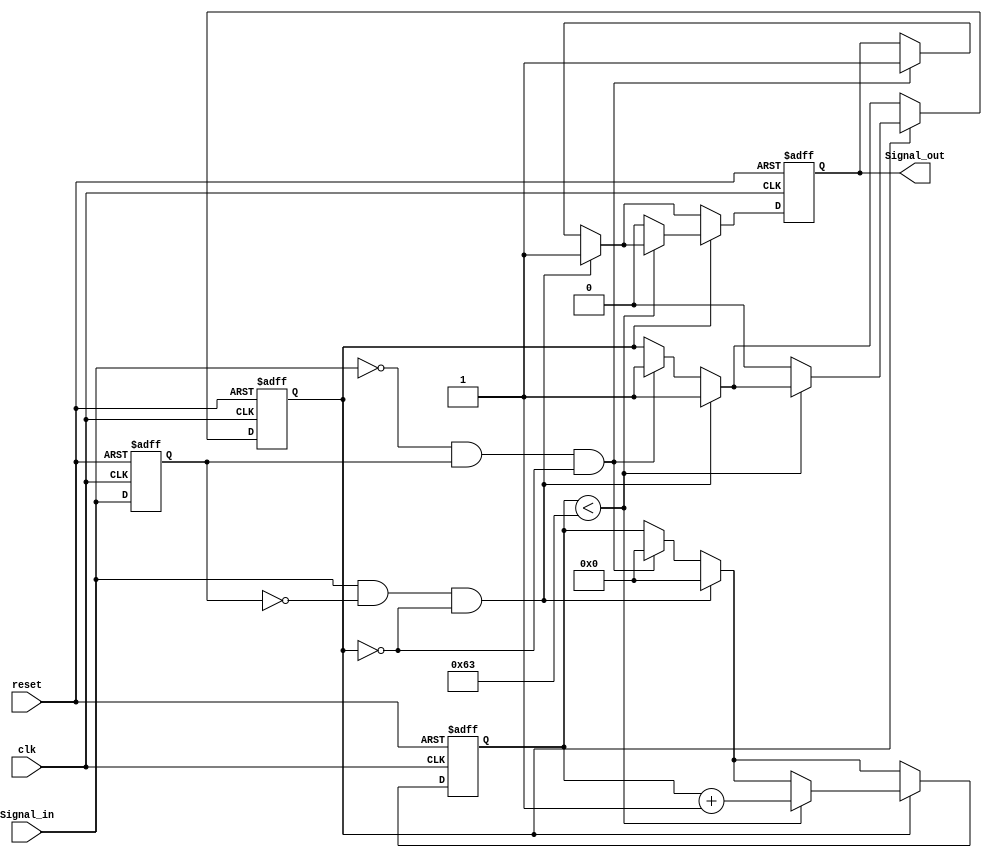
module monostable_edge_detector(
    input wire clk,            // System clock
    input wire reset,          // Asynchronous reset
    input wire Signal_in,      // Primary input signal
    output reg Signal_out      // Output pulse signal
);

// Parameter for pulse width
parameter PULSE_WIDTH = 100; // Clock cycles for output pulse duration

// States for edge detection
reg Signal_in_d;             // Delayed version of Signal_in
reg pulse_active;            // Indicates if the pulse is active
reg [6:0] counter;           // Counter for pulse timing

// Edge detection logic
always @(posedge clk or posedge reset) begin
    if (reset) begin
        Signal_in_d <= 1'b0;
    end else begin
        Signal_in_d <= Signal_in;
    end
end

// Main control logic for generating pulse
always @(posedge clk or posedge reset) begin
    if (reset) begin
        Signal_out <= 1'b0;
        pulse_active <= 1'b0;
        counter <= 7'd0; // Reset counter
    end else begin
        // Rising edge detection
        if (Signal_in && !Signal_in_d && !pulse_active) begin
            Signal_out <= 1'b1;  // Start Pulse
            pulse_active <= 1'b1; // Set pulse active
            counter <= 7'd0;      // Start counter
        end
        // Falling edge detection
        else if (!Signal_in && Signal_in_d && !pulse_active) begin
            Signal_out <= 1'b1;  // Start Pulse
            pulse_active <= 1'b1; // Set pulse active
            counter <= 7'd0;      // Start counter
        end
        
        // Pulse duration handling
        if (pulse_active) begin
            if (counter < PULSE_WIDTH - 1) begin
                counter <= counter + 1; // Increment the counter
            end else begin
                Signal_out <= 1'b0;      // End Pulse
                pulse_active <= 1'b0;    // Clear pulse active
            end
        end
    end
end

endmodule